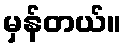
မှန်တယ်။